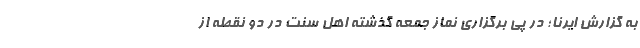
به گزارش ایرنا؛ در پی برگزاری نماز جمعه گذشته اهل سنت در دو نقطه از